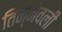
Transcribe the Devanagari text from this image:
तिन्नेवली